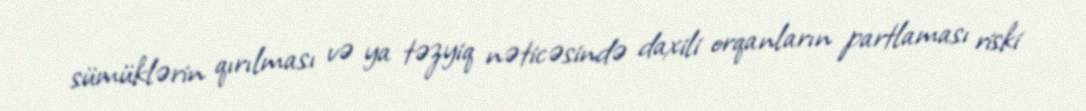
sümüklərin qırılması və ya təzyiq nəticəsində daxili orqanların partlaması riski